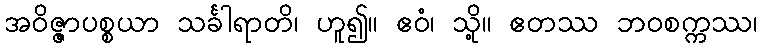
အဝိဇ္ဇာပစ္စယာ သင်္ခါရာတိ၊ ဟူ၍။ ဧဝံ၊ သို့။ ဧတဿ ဘဝစက္ကဿ၊